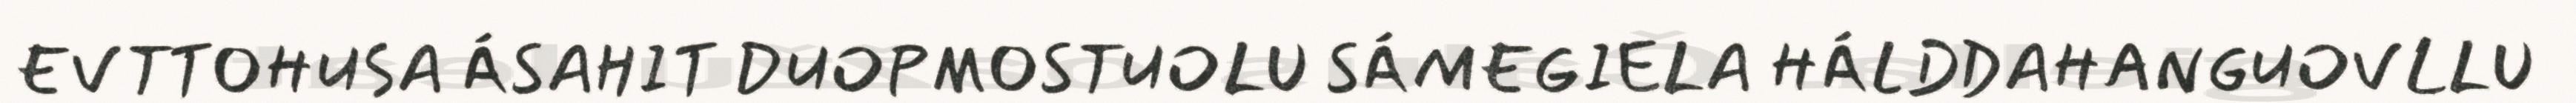
EVTTOHUSA ÁSAHIT DUOPMOSTUOLU SÁMEGIELA HÁLDDAHANGUOVLLU